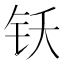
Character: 𬬴